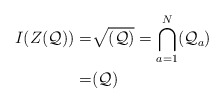
\begin{align*}I(Z(\mathcal Q))=&\sqrt{(\mathcal Q)}=\bigcap_{a=1}^N(\mathcal Q_a)\\=&(\mathcal Q)\end{align*}